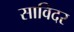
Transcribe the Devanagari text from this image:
साविदर